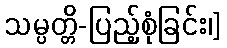
သမ္ပတ္တိ-ပြည့်စုံခြင်း၊]